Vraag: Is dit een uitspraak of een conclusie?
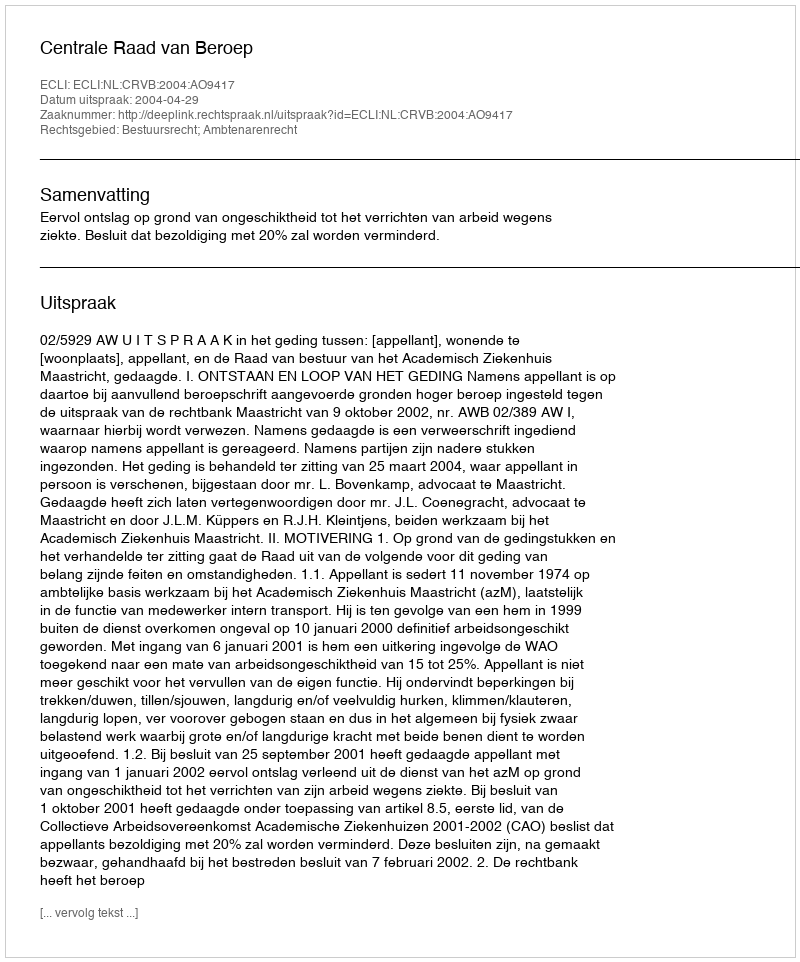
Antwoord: Uitspraak